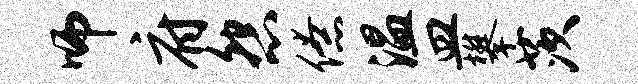
师府怨僚温皿攀茨